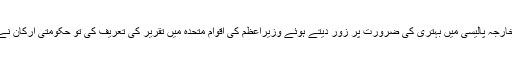
خورشید شاہ نے اس دوران خارجہ پالیسی میں بہتری کی ضرورت پر زور دیتے ہوئے وزیراعظم کی اقوام متحدہ میں تقریر کی تعریف کی تو حکومتی ارکان نے ڈیسک بجا کر خیرمقدم کیا۔